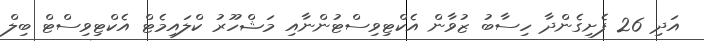
އަދި 26 ފެށިގެންދާ ހިސާބު ޒުވާން އެކްޓިވިސްޓުންނާއި މަޝްހޫރު ކްލައިމެޓް އެކްޓިވިސްޓް ބިލް